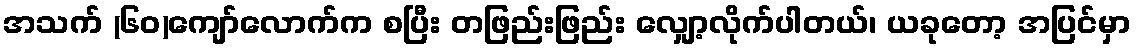
အသက် (၆၀)ကျော်လောက်က စပြီး တဖြည်းဖြည်း လျှော့လိုက်ပါတယ်၊ ယခုတော့ အပြင်မှာ